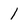
Character: l